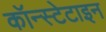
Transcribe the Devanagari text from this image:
कॉन्स्टेटाइन